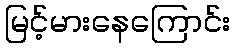
မြင့်မားနေကြောင်း